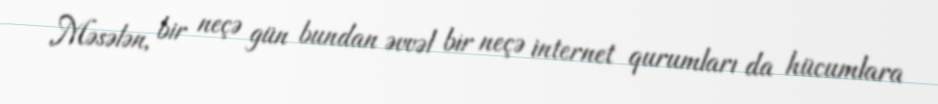
Məsələn, bir neçə gün bundan əvvəl bir neçə internet qurumları da hücumlara